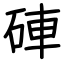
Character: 硨